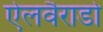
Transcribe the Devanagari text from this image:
ऐलवैराडो